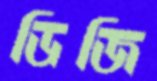
ডিজি